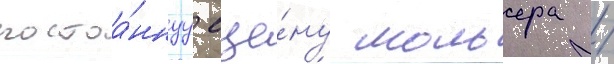
постоа́ннуу сце́ну мольера /